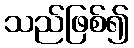
သည်ဖြစ်၍